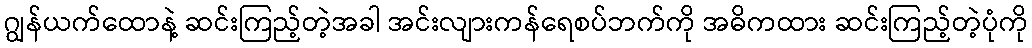
ဂျွန်ယက်ထောနဲ့ ဆင်းကြည့်တဲ့အခါ အင်းလျားကန်ရေစပ်ဘက်ကို အဓိကထား ဆင်းကြည့်တဲ့ပုံကို